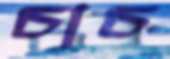
চাচ